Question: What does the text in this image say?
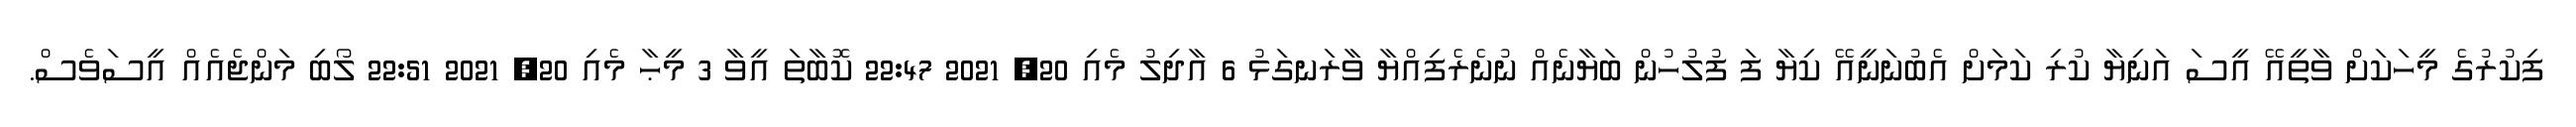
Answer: ފިކުރުގެ މީހަކަށް ވާތީއޭ އީސަ އަނިޔާ ކުރި ކަމަށް އެބުނަނީއޭ ކިޔާ ފަ ފުލުހުން ބަޔާނެއް ނުނެރެފިއްޔާ ވާރަނގަޅު 6 އާދިލު މެއި 20, 2021 22:47 ކޮބާތަ އީވާ 3 މީޙާ މެއި 20, 2021 22:51 ލޯބި މަންޖެއެއް އީސަވެސް.